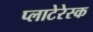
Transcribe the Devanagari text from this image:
प्लाटेरेस्क